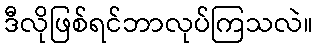
ဒီလိုဖြစ်ရင်ဘာလုပ်ကြသလဲ။